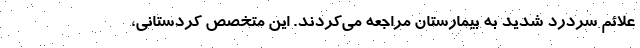
علائم سردرد شدید به بیمارستان مراجعه می‌کردند. این متخصص کردستانی،